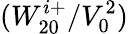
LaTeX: (W_{20}^{i+}/V_{0}^{2})